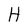
Character: H